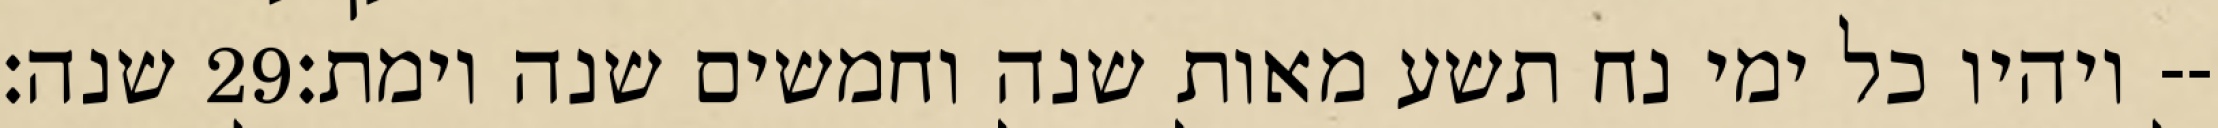
שנה׃ ‎29‏ ויהיו כל ימי נח תשע מאות שנה וחמשים שנה וימת׃--